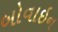
બોવાઇન